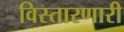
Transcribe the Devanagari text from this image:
विस्तारणारी